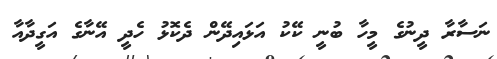
ނަސާރާ ދީނުގެ މީހާ ބުނީ ކޭކު އަޅައިދޭން ދެކޮޅު ހެދީ އޭނާގެ އަގީދާއާ